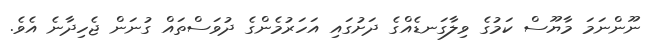
ނޫންނަމަ މާޔޫސް ކަމުގެ ވިލާގަނޑެއްގެ ދަށުގައި އަހަރުމެންގެ ދުވަސްތައް ގުނަން ޖެހިދާނެ އެވެ.